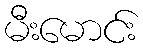
မီးမောင်း